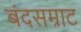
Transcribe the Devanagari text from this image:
बंदसम्राट